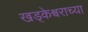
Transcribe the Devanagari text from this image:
खड्केश्वराच्या